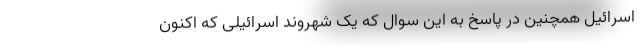
اسرائیل همچنین در پاسخ به این سوال که یک شهروند اسرائیلی که اکنون